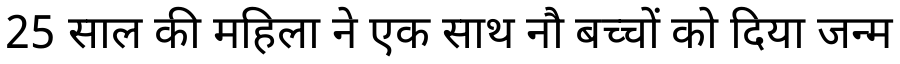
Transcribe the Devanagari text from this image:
25 साल की महिला ने एक साथ नौ बच्चों को दिया जन्म